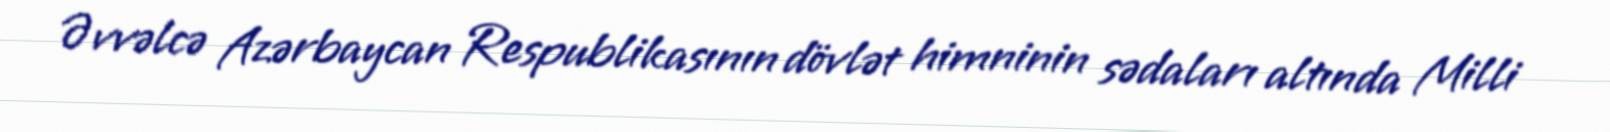
Əvvəlcə Azərbaycan Respublikasının dövlət himninin sədaları altında Milli